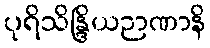
ပုရိသိန္ဒြိယဉာဏာနိ